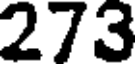
273